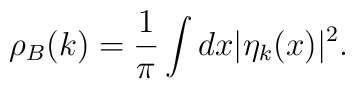
\rho_B(k) = \frac{1}{\pi} \int dx |\eta_k(x)|^2.